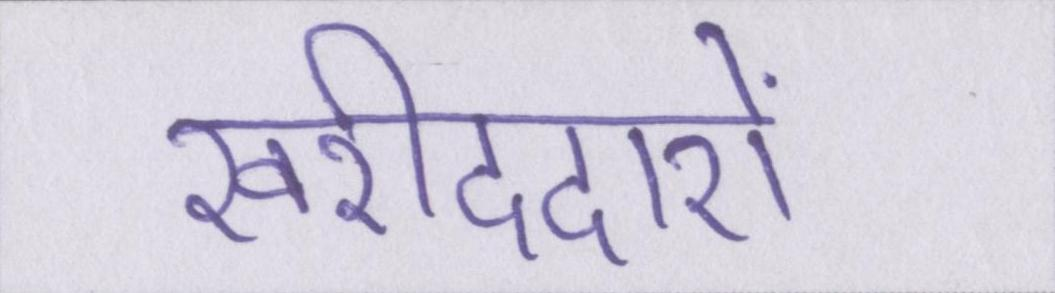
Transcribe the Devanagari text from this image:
खरीददारों